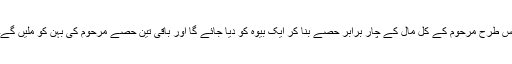
اس طرح مرحوم کے کل مال کے چار برابر حصے بنا کر ایک بیوہ کو دیا جائے گا اور باقی تین حصے مرحوم کی بہن کو ملیں گے۔